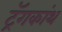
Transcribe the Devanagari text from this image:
ट्रॅगकांथ